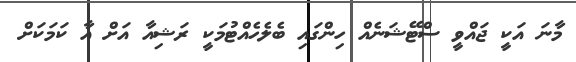
މާނަ އަކީ ޖައްވީ ސްޓޭޝަނެއް ހިންގައި ބެލެހެއްޓުމަކީ ރަޝިއާ އަށް އާ ކަމަކަށް